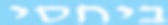
ביחסי